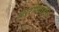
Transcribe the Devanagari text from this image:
शिरीषताईंचे